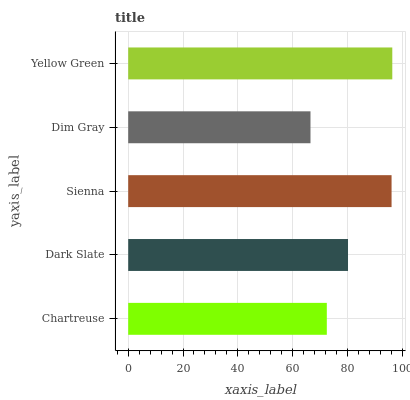
| yaxis_label | bars |
 | --- | --- |
 | Chartreuse | 72.5 |
 | Dark Slate | 80.2 |
 | Sienna | 96.1 |
 | Dim Gray | 66.5 |
 | Yellow Green | 96.3 |